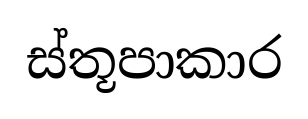
ස්තූපාකාර